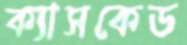
ক্যাসকেড